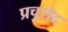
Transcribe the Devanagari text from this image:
प्रचुरोद